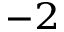
^ { - 2 }